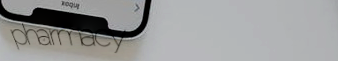
pharmacy